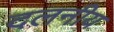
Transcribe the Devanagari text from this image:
दलनीय